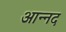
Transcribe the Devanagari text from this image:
आन्‍नद